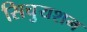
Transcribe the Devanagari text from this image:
सिचुयशन